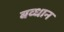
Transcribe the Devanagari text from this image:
बव्धान